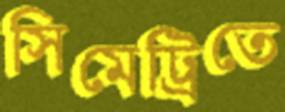
সিমেট্রিতে